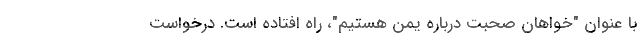
با عنوان "خواهان صحبت درباره یمن هستیم"، راه افتاده است. درخواست